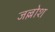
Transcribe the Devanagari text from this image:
जल्लोश